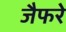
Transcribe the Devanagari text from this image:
जैफरे